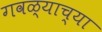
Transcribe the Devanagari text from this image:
गवळ्याच्या